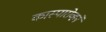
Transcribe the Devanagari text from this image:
कास्पारोव्हने